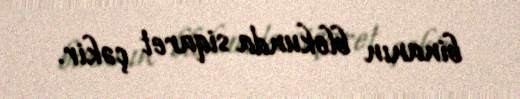
binanın blokunda siqaret çəkir.